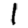
Digit: 1